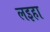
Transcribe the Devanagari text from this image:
लइहा